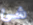
شئ